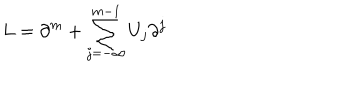
LaTeX: L = \partial ^ { m } + \sum _ { j = - \infty } ^ { m - 1 } U _ { j } \partial ^ { j }